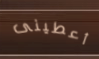
أعطينى